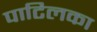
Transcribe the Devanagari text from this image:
पाटिलका